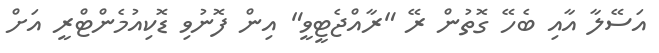
އަސޭލާ އާއި ބެހޭ ގޮތުން ރޭ "ރާއްޖެޓީވީ" އިން ފޮނުވި ޑޮކިއުމެންޓްރީ އަށް